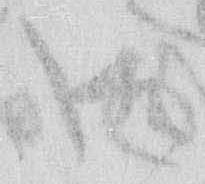
御